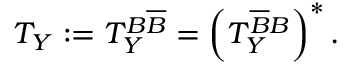
T _ { Y } : = T _ { Y } ^ { B \overline { { B } } } = \left( T _ { Y } ^ { \overline { { B } } B } \right) ^ { * } .